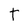
Character: T